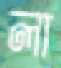
লা